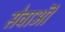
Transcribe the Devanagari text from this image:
सेवाऒं